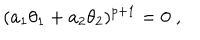
( a _ { 1 } \theta _ { 1 } + a _ { 2 } \theta _ { 2 } ) ^ { p + 1 } = 0 \; ,